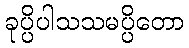
ခုပ္ပိပါသသမပ္ပိတော